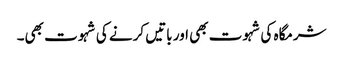
شرمگاہ کی شہوت بھی اور باتیں کرنے کی شہوت بھی۔